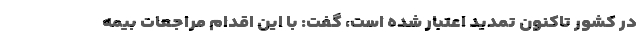
در کشور تاکنون تمدید اعتبار شده است، گفت: با این اقدام مراجعات بیمه